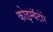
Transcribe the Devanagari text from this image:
कोइम्बॅटोरे